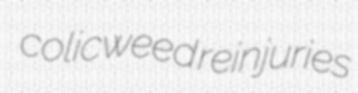
colicweed reinjuries